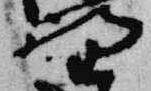
野